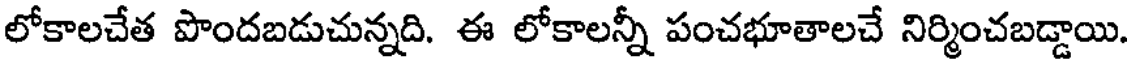
లోకాలచేత పొందబడుచున్నది. ఈ లోకాలన్నీ పంచభూతాలచే నిర్మించబడ్డాయి.